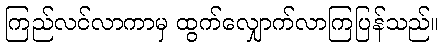
ကြည်လင်လာကာမှ ထွက်လျှောက်လာကြပြန်သည်။